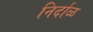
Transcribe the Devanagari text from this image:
निर्दाळ